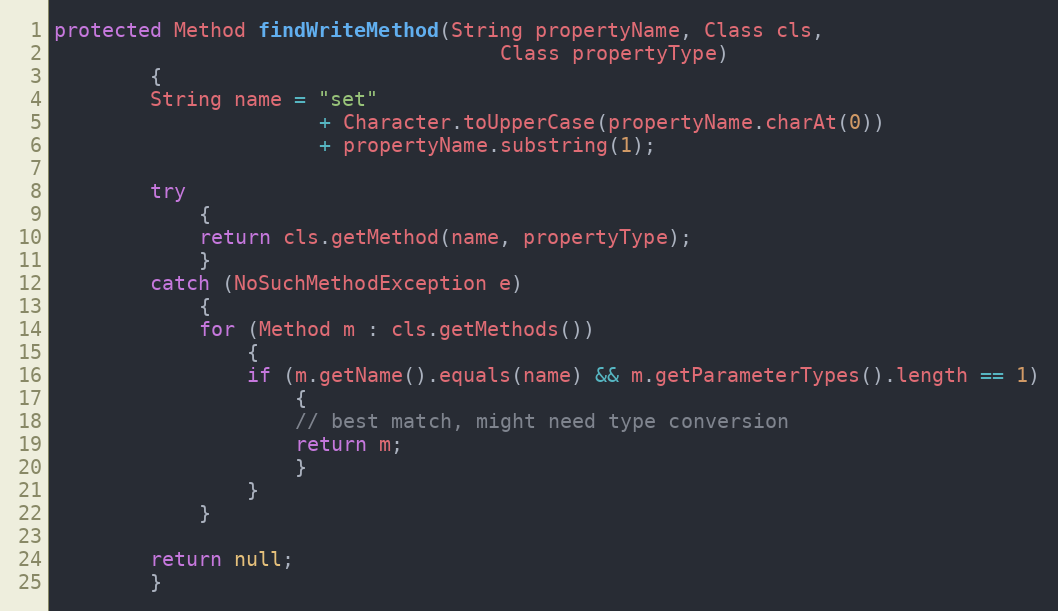
Language: Java
protected Method findWriteMethod(String propertyName, Class cls,
                                     Class propertyType)
        {
        String name = "set"
                      + Character.toUpperCase(propertyName.charAt(0))
                      + propertyName.substring(1);

        try
            {
            return cls.getMethod(name, propertyType);
            }
        catch (NoSuchMethodException e)
            {
            for (Method m : cls.getMethods())
                {
                if (m.getName().equals(name) && m.getParameterTypes().length == 1)
                    {
                    // best match, might need type conversion
                    return m;
                    }
                }
            }

        return null;
        }